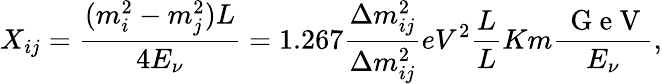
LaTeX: X_{ij}=\frac{(m_{i}^{2}-m_{j}^{2})L}{4E_{\nu}}=1.267\frac{\Delta m_{ij}^{2}}{\Delta m_{ij}^{2}}{eV^{2}}\frac{L}{L}{Km}\frac{\, \mathrm{~G~e~V~}}{E_{\nu}},